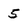
Character: 5